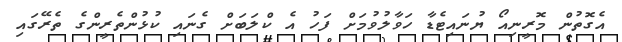
އެގޮތުން މޮރީނިއޯ ޔުނައިޓެޑާ ހަވާލުވުމަށް ފަހު އެ ކްލަބަށް ގެނައި ކުޅުންތެރީންގެ ތެރޭގައި